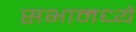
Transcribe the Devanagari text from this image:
सभामध्ये